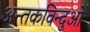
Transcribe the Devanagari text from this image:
अन्तकविन्दुओं